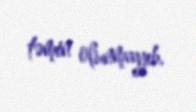
təmin olunmayıb.